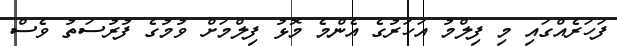
ފަހަރެއްގައި މި ފިލްމު އަހަރުގެ އެންމެ މޮޅު ފިލްމަށް ވުމުގެ ފުރުސަތު ވެސް